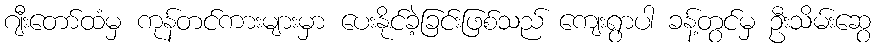
ဂျီးတော်ထံမှ ကုန်တင်ကားများမှာ ပေးနိုင်ခဲ့ခြင်းဖြစ်သည် ကျေးရွာပါ ခန့်တွင်မှ ဦးသိမ်းဆွေ